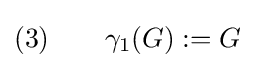
(3)\qquad \gamma _{1}(G):=G